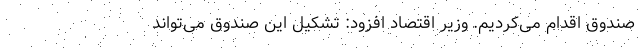
صندوق اقدام می‌کردیم. وزیر اقتصاد افزود: تشکیل این صندوق می‌تواند